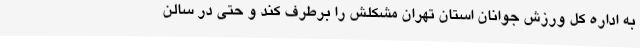
به اداره کل ورزش جوانان استان تهران مشکلش را برطرف کند و حتی در سالن